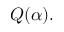
Q ( \alpha ) .